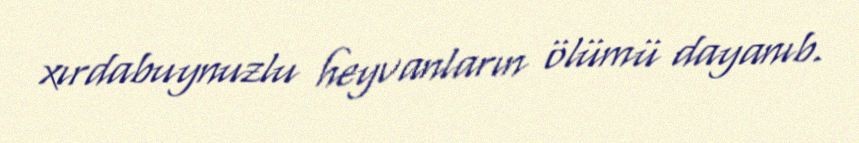
xırdabuynuzlu heyvanların ölümü dayanıb.